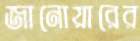
জানোয়ারের